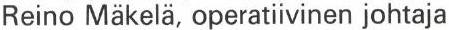
Reino Makelä, operatiivinen johtaja